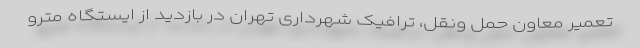
تعمیر معاون حمل ونقل، ترافیک شهرداری تهران در بازدید از ایستگاه مترو